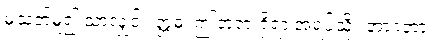
မသတ်မူ၍ သာလျှင်။ ဣဓ၊ ဤဘုရားရှိရာ အရပ်သို့။ အာဂတာ၊